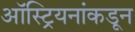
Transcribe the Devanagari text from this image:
ऑस्ट्रियनांकडून